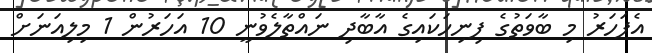
އެފަހަރު މި ބާވަތުގެ ފިނިހަކައިގެ އާބާދި ނައްތާލެވުނީ 10 އަހަރުން 1 މިލިއަނަށް